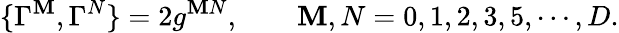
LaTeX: \{ \Gamma^{\mathbf{M}},\Gamma^{N}\} =2g^{\mathbf{M}N},\qquad\mathbf{M},N=0,1,2,3,5,\cdots,D.